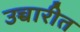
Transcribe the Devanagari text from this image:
उच्चारीत